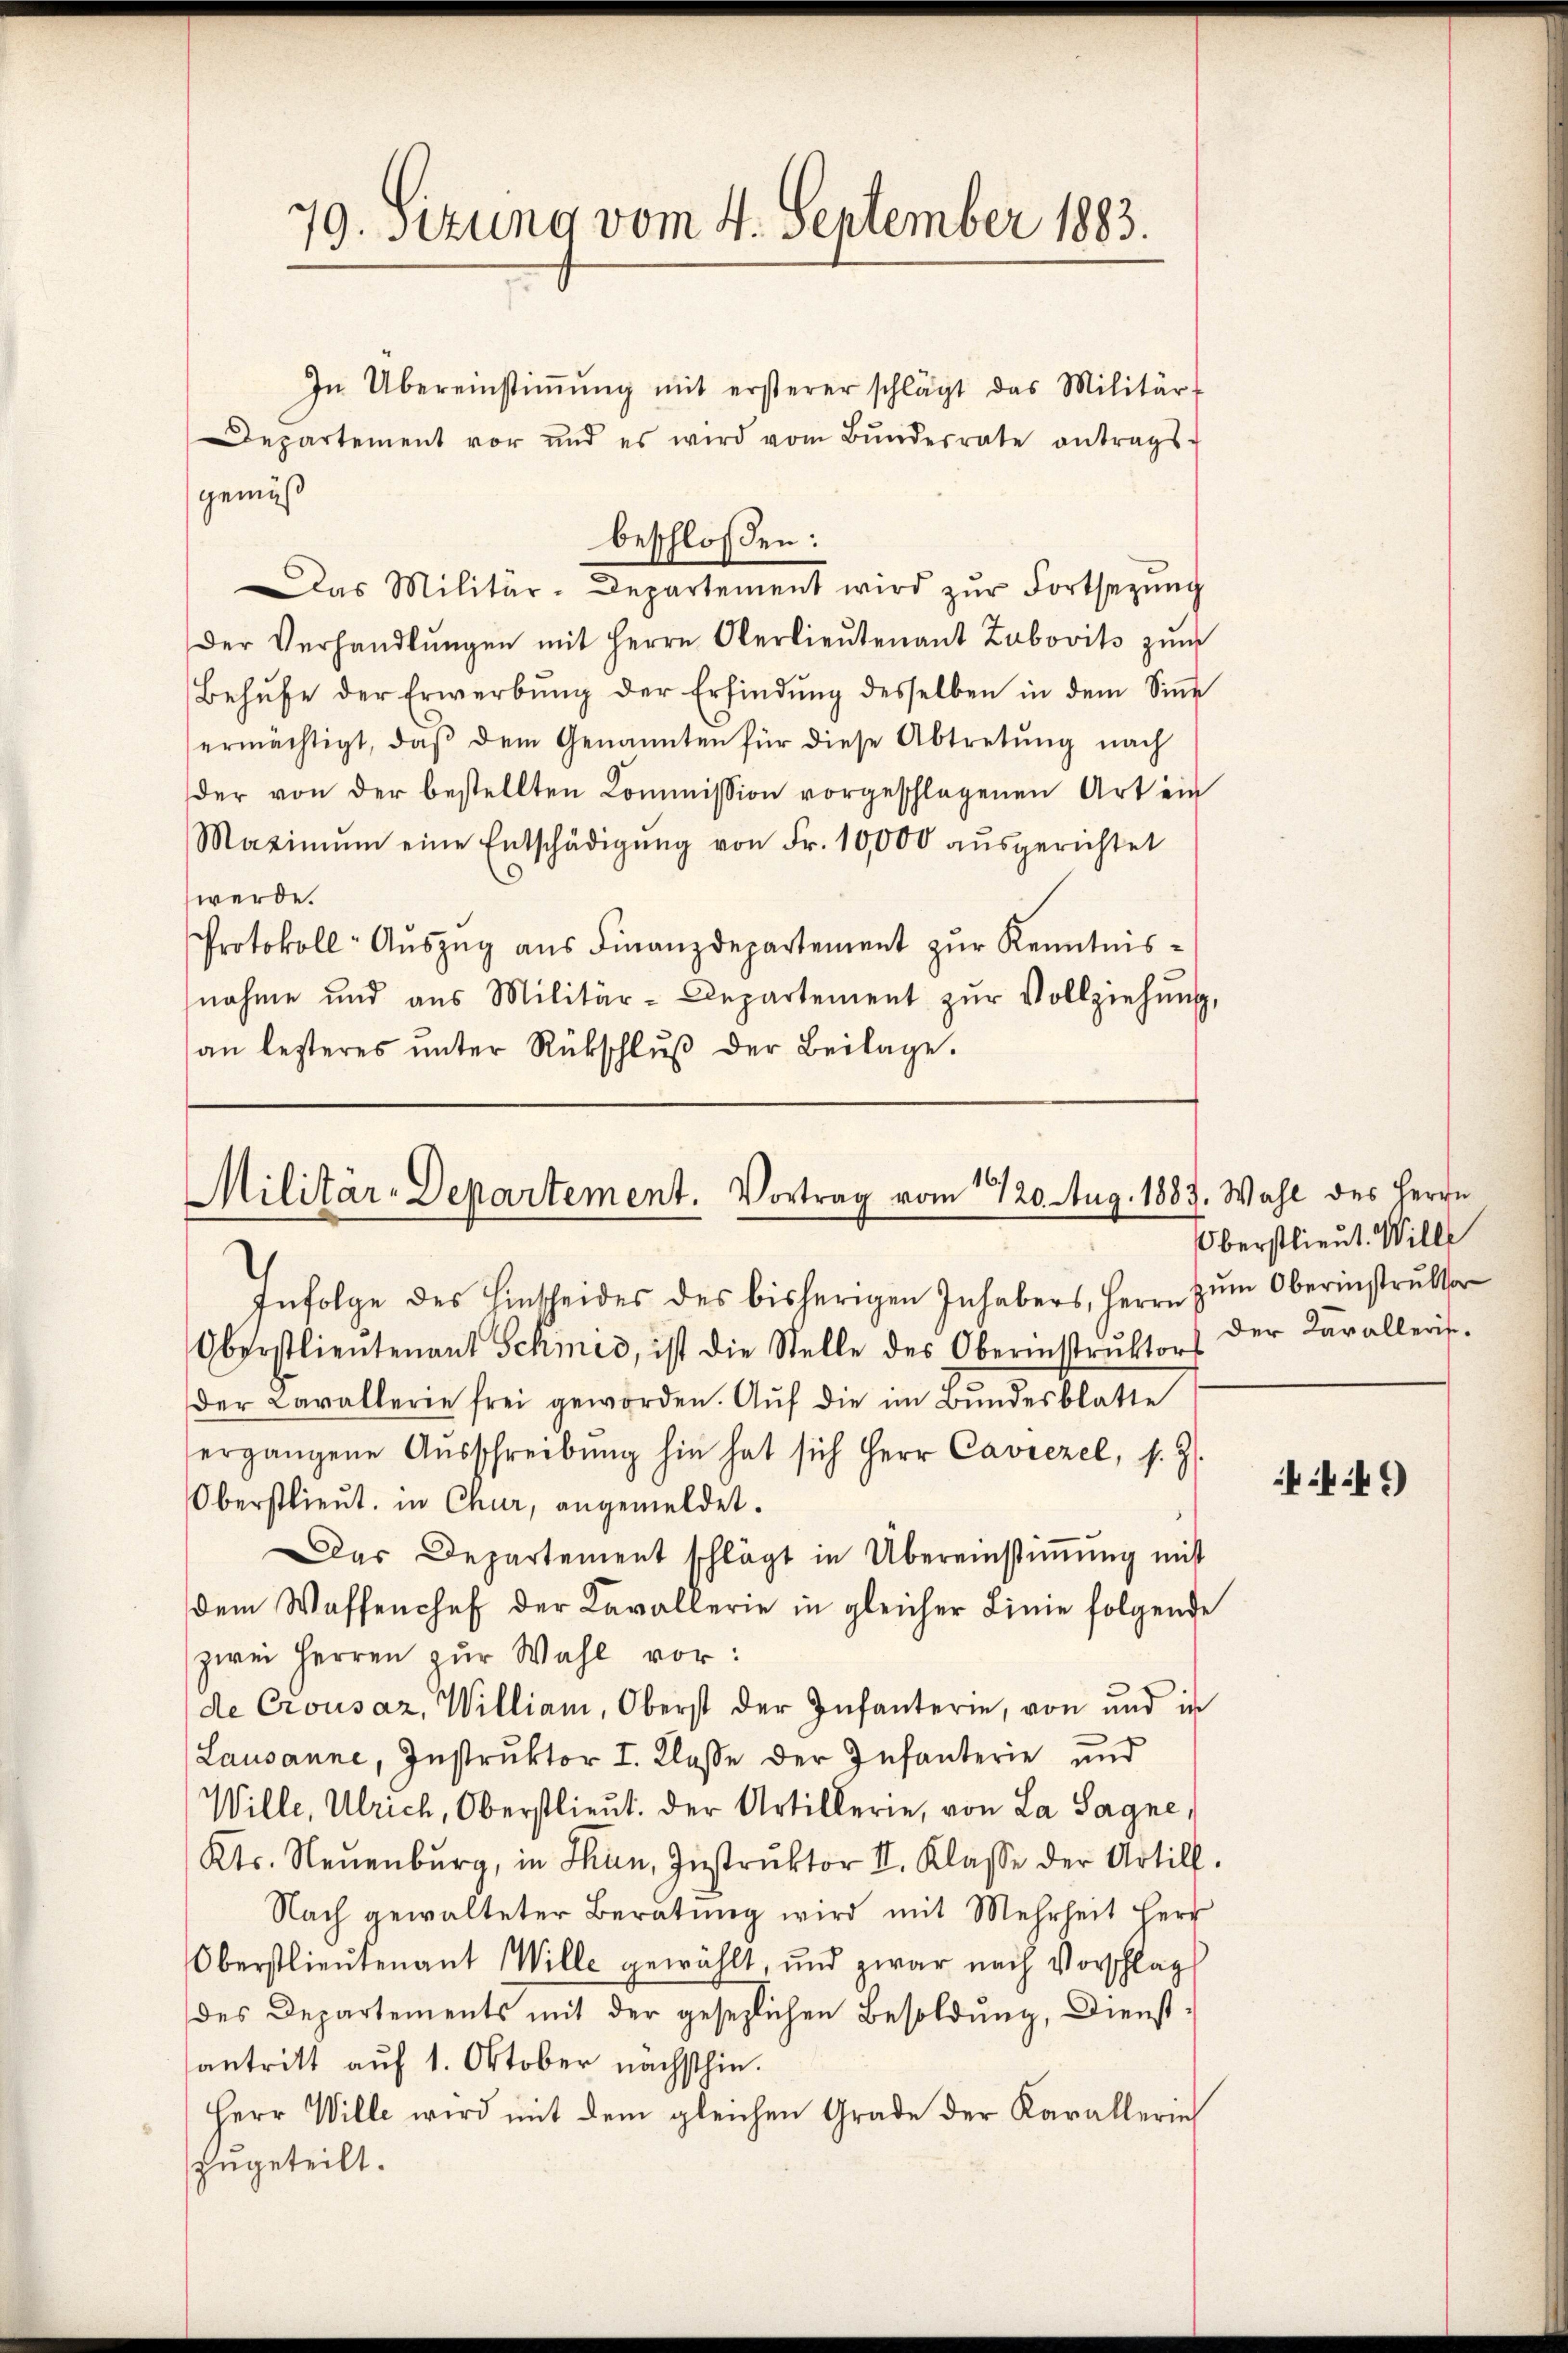
gemäß
Das Militär-Departement wird zŭr Fortsetzŭng
Der Verhandlŭngen mit Herrn Oberlieŭtenant Zubovits zŭm
Behŭfe der Erwerbŭng der Erfindŭng desselben in dem Siṅe
ermächtigt, daβ dem Genannten für diese Abtretŭng nach
der von der bestellten Commission vorgeschlagenen Art ein
Maximŭm eine Entschädigŭng von Fr. 10,000 aŭsgerichtet
werde.
Protokoll- Aŭszŭg aŭs Finanzdepartement zŭr Kenntnis-
nahme und aus Militär-Departement zŭr Vollziehŭng,
an lezteres ŭnter Rückschlŭβ der Beilage.

Militär-Departement. Vortrag vom 2420. Aug. 1883. Wahl des Herrn
Infolge des Hinkleides des bisherigen Inhabers, Herrn zŭm Oberinstruktor

Oberstlieutenant Schmid, ist die Stelle des Oberinstrŭktors
der Cavallerie frei geworden. Aŭf die im Bŭndesblatte
ergangene Aŭsschreibŭng hin hat sich Herr Caviezel, s. Z.
Oberstlieut. in Chur, angemeldet.
Das Departement schlägt in Übereinstiṁŭng mit
dem Waffenchef der Kavallerie in gleicher Linie folgende
zwei Herren zur Wahl vor:
de Crousaz, William, Oberst der Infanterie, von und in
Lausanne, Instruktor I. Klasse der Infanterie und
Wille, Ulrich, Oberstlieut. der Artillerie, von La Sagne,
Kts. Neuenburg, in Thun, Instrŭktor II. Klasse der Artill.
Nach gewalteter Beratung wird mit Mehrheit Herr
Oberstlieutenant Wille gewählt, und zwar nach Vorschlag
des Departements mit der gesezlichen Besoldung, Dienstantritt auf 1. Oktober nächsthin.
Herr Wille wird mit dem gleichen Grade der Karallerin
zugeteilt.

79. Sitzung vom 4. September 1883.

In Übereinstiṁŭng mit ersterer schlägt das Militär-
Departement vor und es wird vom Bŭndesrate antrags-
beschloßen:

Oberstlieut. Wille
der Karalleris¬

44)